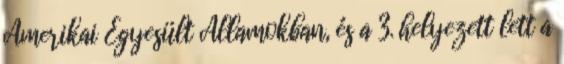
Amerikai Egyesült Államokban, és a 3. helyezett lett a